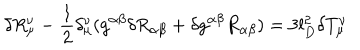
LaTeX: \delta R _ { \mu } ^ { \nu } - \frac { 1 } { 2 } \delta _ { \mu } ^ { \nu } ( g ^ { \alpha \beta } \delta R _ { \alpha \beta } + \delta g ^ { \alpha \beta } R _ { \alpha \beta } ) = 3 l _ { D } ^ { 2 } \delta T _ { \mu } ^ { \nu }